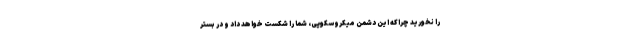
را نخورید چراکه این دشمن میکروسکوپی، شما را شکست خواهد داد و در بستر